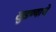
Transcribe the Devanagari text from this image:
खुडण्याचे